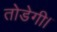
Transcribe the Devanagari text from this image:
तोडेगी।